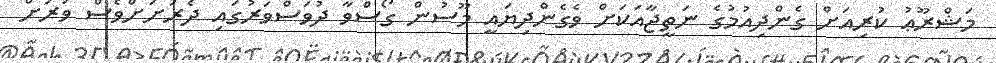
މަޝްރޫޢު ކުރިއަށް ގެންދިއުމުގެ ނަތީޖާއަކަށް ވެގެންދިޔައީ މޫސުން ގޯސްވާ ދުވަސްވަރުގައި ދެރަށަށްވެސް ވަރަށް